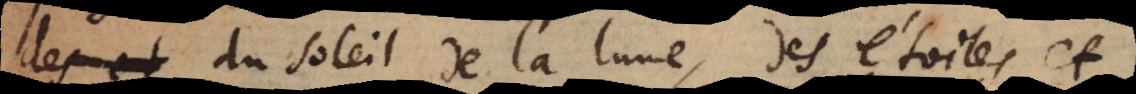
des et du soleil de la lune, des étoiles et